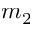
m _ { 2 }